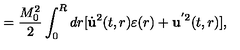
= \frac { M _ { 0 } ^ { 2 } } { 2 } \int _ { 0 } ^ { R } d r [ \dot { \bf u } ^ { 2 } ( t , r ) \varepsilon ( r ) + { \bf u } ^ { ' 2 } ( t , r ) ] { , }